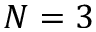
N = 3